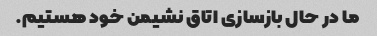
ما در حال بازسازی اتاق نشیمن خود هستیم.